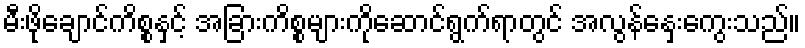
မီးဖိုချောင်ကိစ္စနှင့် အခြားကိစ္စများကိုဆောင်ရွက်ရာတွင် အလွန်နှေးကွေးသည်။